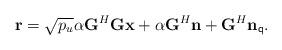
LaTeX: \begin{align*}{\bf{r}} = \sqrt {{p_u}} \alpha {{\bf{G}}^H}{\bf{Gx}} + \alpha {{\bf{G}}^H}{\bf{n}} +{{\bf{G}}^H}{{\bf{n}}_{\sf q}}.\end{align*}